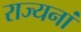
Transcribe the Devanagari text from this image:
राज्यनां